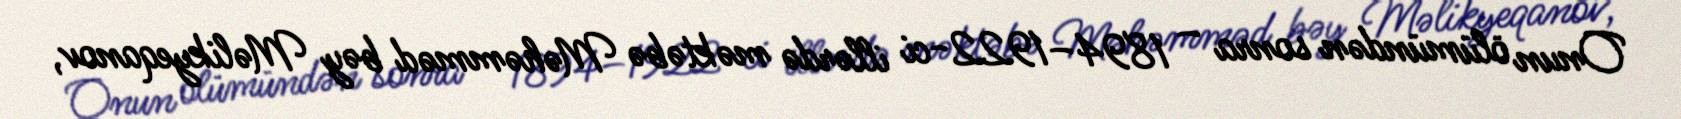
Onun ölümündən sonra – 1894–1922-ci illərdə məktəbə Məhəmməd bəy Məlikyeqanov,